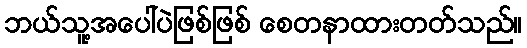
ဘယ်သူ့အပေါ်ပဲဖြစ်ဖြစ် စေတနာထားတတ်သည်။